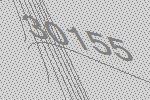
30155